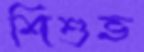
শিশুভ